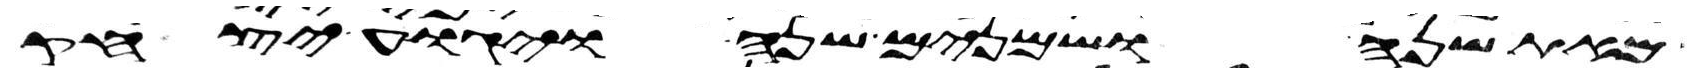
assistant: מאת שנה ושמנים שנה ויגוע יצחק